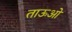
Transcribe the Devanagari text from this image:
ताऊओं